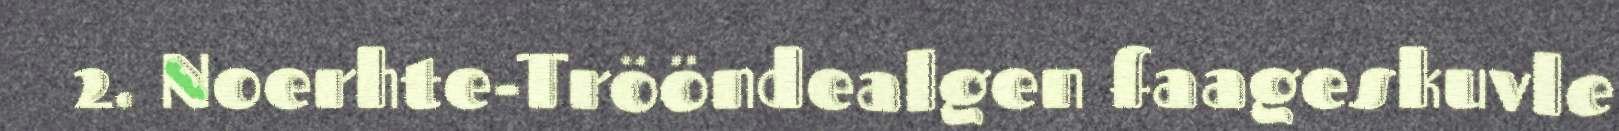
2. Noerhte-Trööndealgen faageskuvle